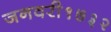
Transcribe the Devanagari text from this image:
जनवरी१७३२